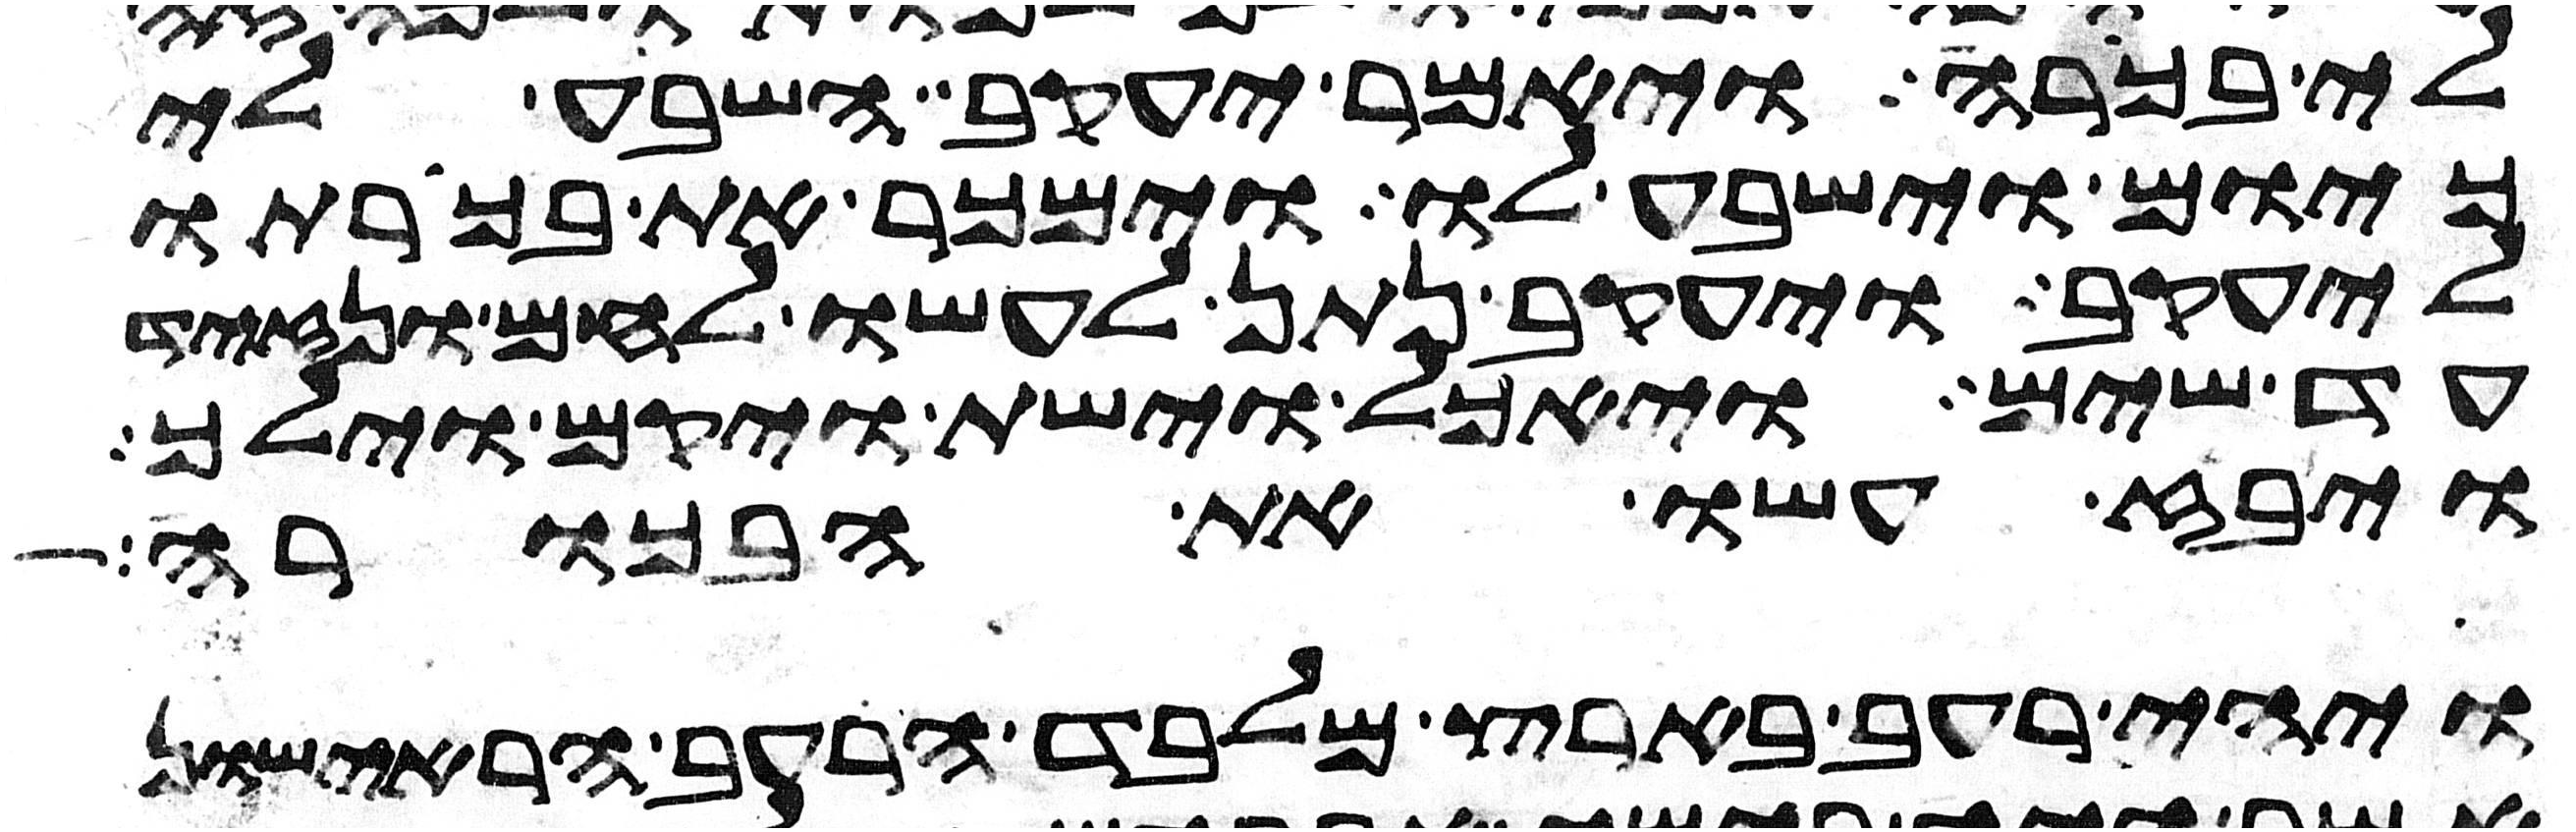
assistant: לי בכורה ויאמר יעקב השבע לי
כיום וישבע לו וימכר את בכורתו
ליעקב ויעקב נתן לעשו לחם ונזיד
עד שים ויאכל וישת ויקם וילך
ויבז עשו את הבכורה
ויהי רעב בארץ מלבד הרעב הראישון